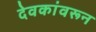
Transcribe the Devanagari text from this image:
देवकांवरून